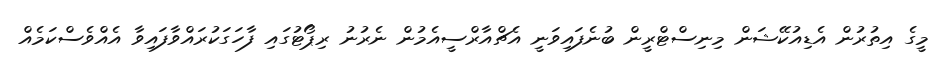
މީގެ އިތުރުން އެޑިއުކޭޝަން މިނިސްޓްރީން ބުނެފައިވަނީ އެޗްއާރްސީއެމުން ނެރުނު ރިޕޯޓުގައި ފާހަގަކުރައްވާފައިވާ އެއްވެސްކަމެއް